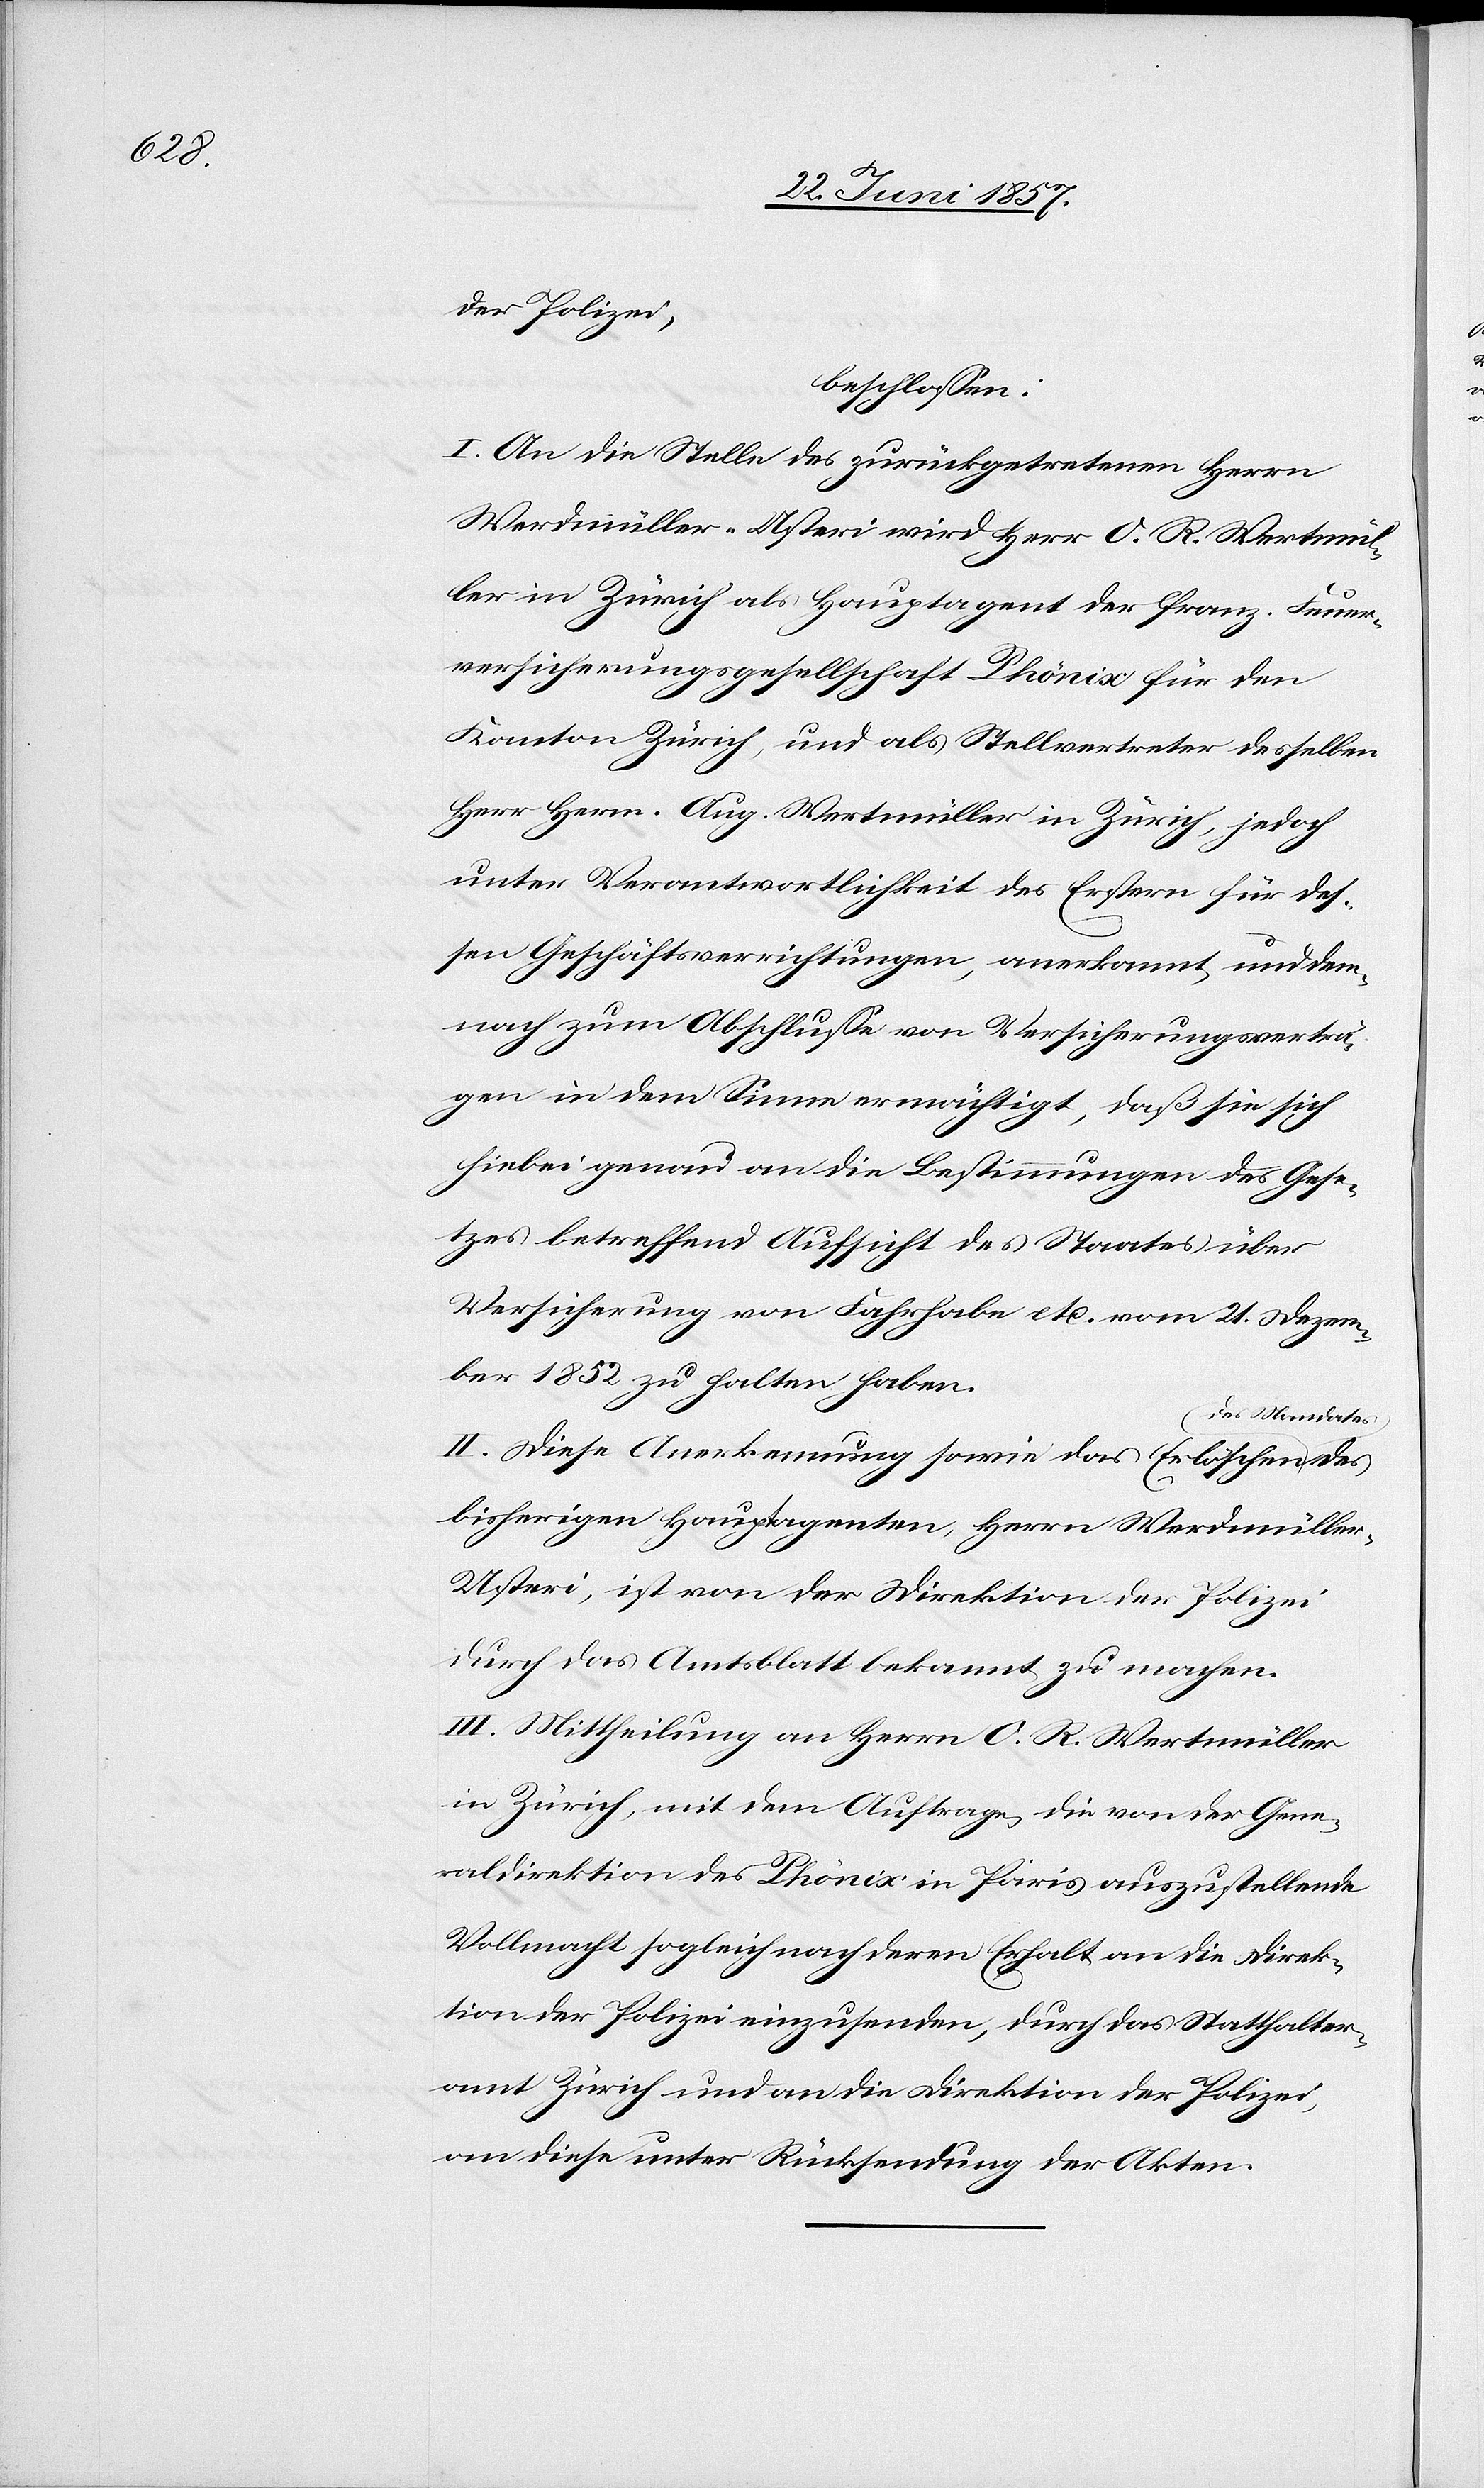
der Polizei,
beschlossen:
I. An die Stelle des zurückgetretenen Herrn
Werdmüller-Usteri wird Herr O. R. Wertmül¬
ler in Zürich als Hauptagent der franz. Feuer¬
versicherungsgesellschaft Phönix für den
Kanton Zürich, und als Stellvertreter desselben
Herr Herm. Aug. Wertmüller in Zürich, jedoch
unter Verantwortlichkeit des Erstern für des¬
sen Geschäftsverrichtungen, anerkannt, und dem¬
nach zum Abschlusse von Versicherungsverträ¬
gen in dem Sinne ermächtigt, daß sie sich
hiebei genau an die Bestimmungen des Gese¬
tzes betreffend Aufsicht des Staates über
Versicherung von Fahrhabe etc. vom 21 Dezem¬
ber 1852 zu halten haben.
II. Diese Anerkennung sowie das Erlöschen des
bisherigen Hauptagenten, Herrn Werdmülle¬
r-Usteri, ist von der Direktion der Polizei
durch das Amtsblatt bekannt zu machen.
III. Mittheilung an Herrn O. R. Wertmüller
in Zürich, mit dem Auftrage, die von der Gene¬
raldirektion des Phönix in Paris auszustellende
Vollmacht sogleich nach deren Erhalt an die Direk¬
tion der Polizei einzusenden, durch das Statthalter¬
amt Zürich und an die Direktion der Polizei,
an diese unter Rücksendung der Akten.